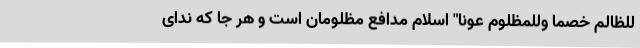
للظالم خصما وللمظلوم عونا" اسلام مدافع مظلومان است و هر جا که ندای